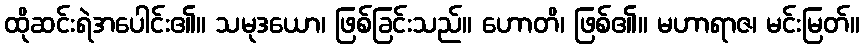
ထိုဆင်းရဲအပေါင်း၏။ သမုဒယော၊ ဖြစ်ခြင်းသည်။ ဟောတိ၊ ဖြစ်၏။ မဟာရာဇ၊ မင်းမြတ်။